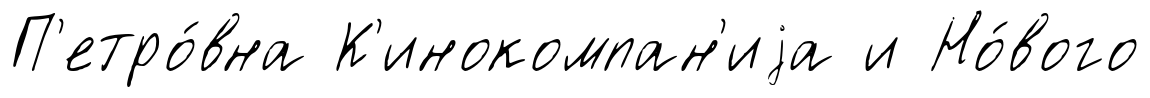
П'етро́вна К'инокомпан'иjа и Но́вого